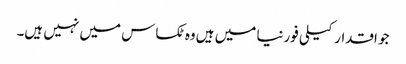
جو اقدار کیلی فورنیا میں ہیں وه ٹکساس میں نہیں ہیں۔